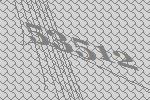
53512